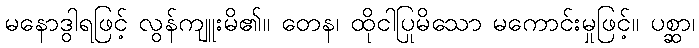
မနောဒွါရဖြင့် လွန်ကျူးမိ၏။ တေန၊ ထိုငါပြုမိသော မကောင်းမှုဖြင့်။ ပစ္ဆာ၊